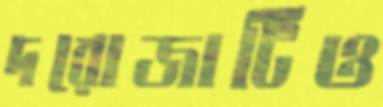
দরোজাটিও